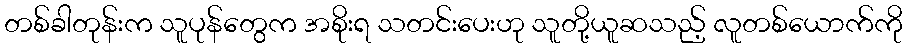
တစ်ခါတုန်းက သူပုန်တွေက အစိုးရ သတင်းပေးဟု သူတို့ယူဆသည့် လူတစ်ယောက်ကို